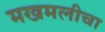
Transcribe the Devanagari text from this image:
मखमलीचा